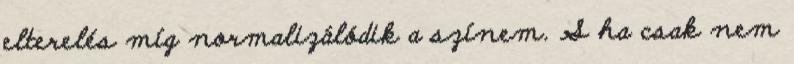
elterelés míg normalizálódik a színem. S ha csak nem